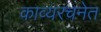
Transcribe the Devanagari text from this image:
काव्यरचनेत